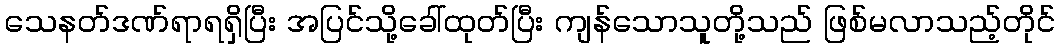
သေနတ်ဒဏ်ရာရရှိပြီး အပြင်သို့ခေါ်ထုတ်ပြီး ကျန်သောသူတို့သည် ဖြစ်မလာသည့်တိုင်